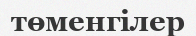
төменгілер